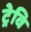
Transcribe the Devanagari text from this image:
ट्रेवि